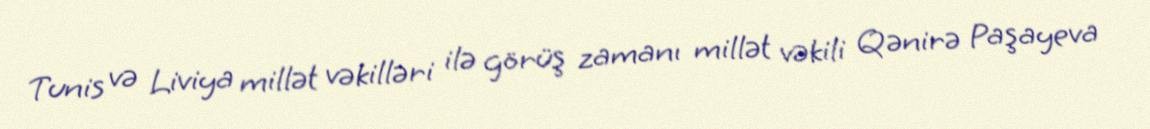
Tunis və Liviya millət vəkilləri ilə görüş zamanı millət vəkili Qənirə Paşayeva